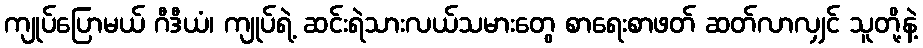
ကျုပ်ပြောမယ် ဂီဒီယံ၊ ကျုပ်ရဲ့ ဆင်းရဲသားလယ်သမားတွေ စာရေးစာဖတ် ဆတ်လာလျှင် သူတို့နဲ့